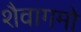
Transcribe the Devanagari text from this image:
शैवागमो